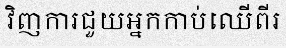
វិញការជួយអ្នកកាប់ឈើពីរ